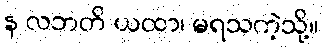
န လဘတိ ယထာ၊ မရသကဲ့သို့။